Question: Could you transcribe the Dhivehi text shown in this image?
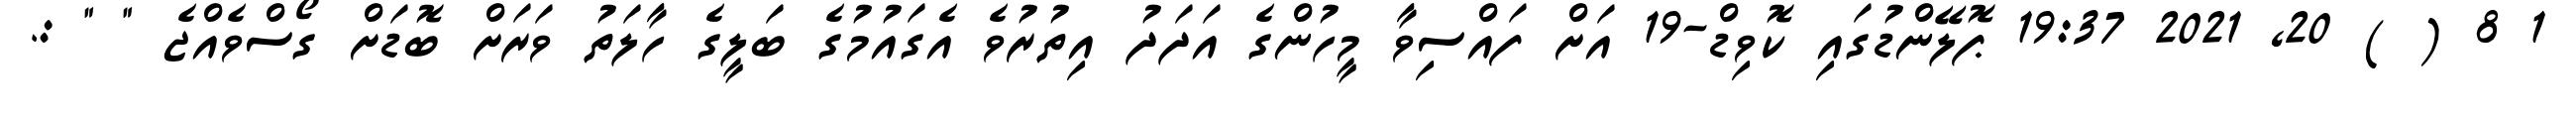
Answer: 1 8 ( ) 20, 2021 19:37 ޕޮލޭންޑުގައި ކޮވިޑް-19 އަށް ފައްސިވާ މީހުންގެ އަދަދު އިތުރުވެ އެގައުމުގެ ބަލީގެ ހާލަތު ވަރަށް ބޮޑަށް ގޯސްވެއްޖެ " " :.